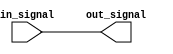
module cmos_buffer (
    input wire in_signal,
    output reg out_signal
);

always @ (in_signal)
begin
    out_signal <= in_signal;
end

endmodule